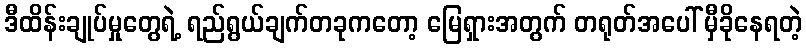
ဒီထိန်းချုပ်မှုတွေရဲ့ ရည်ရွယ်ချက်တခုကတော့ မြေရှားအတွက် တရုတ်အပေါ် မှီခိုနေရတဲ့